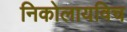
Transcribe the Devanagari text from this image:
निकोलायविच